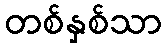
တစ်နှစ်သာ